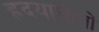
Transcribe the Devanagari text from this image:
ह्रदयाघातों